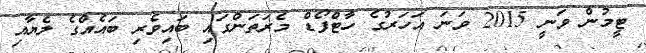
ޓީމުން ވަނީ 2015 ވަނަ އަހަރުގެ ހާޓްފޯޑް މެރަތަންގައި ބައިވެރި ބައެއްގެ ލެޔާއި